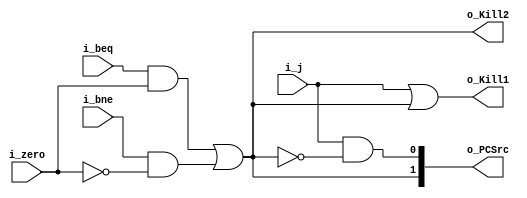
module nextPC(	i_zero,
				i_j,
				i_beq,
				i_bne,
				o_PCSrc,
				o_Kill1,
				o_Kill2
				);

input i_zero, i_j, i_beq, i_bne;

output [1:0] o_PCSrc;
output o_Kill1, o_Kill2;

wire Br;
wire Jmp;

assign Br = ((i_beq & i_zero) |(i_bne & ~i_zero));
assign Jmp = i_j & (~Br);
assign o_Kill1 = i_j | Br;
assign o_Kill2 = Br;
assign o_PCSrc =({Br,Jmp});
endmodule